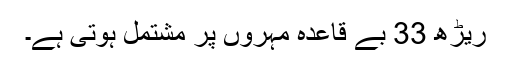
ریڑھ 33 بے قاعدہ مہروں پر مشتمل ہوتی ہے۔